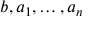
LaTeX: b , a _ { 1 } , \ldots , a _ { n }